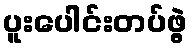
ပူးပေါင်းတပ်ဖွဲ့